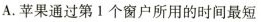
A.苹果通过第1个窗户所用的时间最短